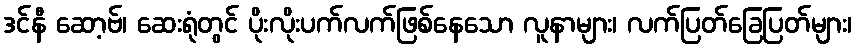
ဒင်နီ ဆော့ဗ်၊ ဆေးရုံတွင် ပိုးလိုးပက်လက်ဖြစ်နေသော လူနာများ၊ လက်ပြတ်ခြေပြတ်များ၊